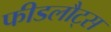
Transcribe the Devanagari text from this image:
फीडलौट्स